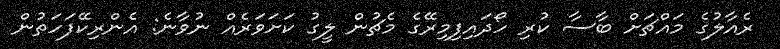
ރެއާލުގެ މައްޗަށް ބާސާ ކުރި ހޯދައިފިމިރޭގެ މެޗުން ލީގު ކަށަވަރެއް ނުވާނެ: އެންރިކޭފަހަތުން